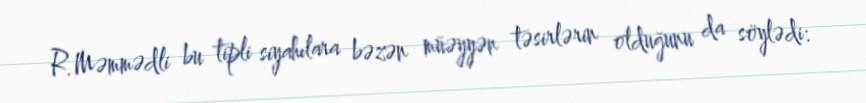
R.Məmmədli bu tipli siyahılara bəzən müəyyən təsirlərin olduğunu da söylədi: